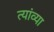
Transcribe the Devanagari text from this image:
त्यांव्या